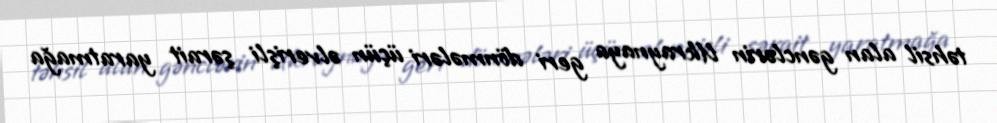
təhsil alan gənclərin Ukraynaya geri dönmələri üçün əlverişli şərait yaratmağa